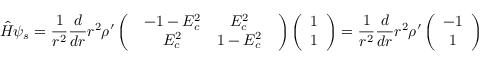
{ \hat { H } } \psi _ { s } = \frac { 1 } { r ^ { 2 } } \frac { d } { d r } r ^ { 2 } { \rho } ^ { \prime } \left( \begin{array} { c } { { \begin{array} { c c } { { - 1 - E _ { c } ^ { 2 } } } & { { E _ { c } ^ { 2 } } } \\ { { E _ { c } ^ { 2 } } } & { { 1 - E _ { c } ^ { 2 } } } \end{array} } } \end{array} \right) \left( \begin{array} { c } { { 1 } } \\ { { 1 } } \end{array} \right) = \frac { 1 } { r ^ { 2 } } \frac { d } { d r } r ^ { 2 } { \rho } ^ { \prime } \left( \begin{array} { c } { { - 1 } } \\ { { 1 } } \end{array} \right)